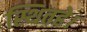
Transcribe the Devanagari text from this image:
स्थितहे।